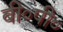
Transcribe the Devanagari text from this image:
बी०पी०